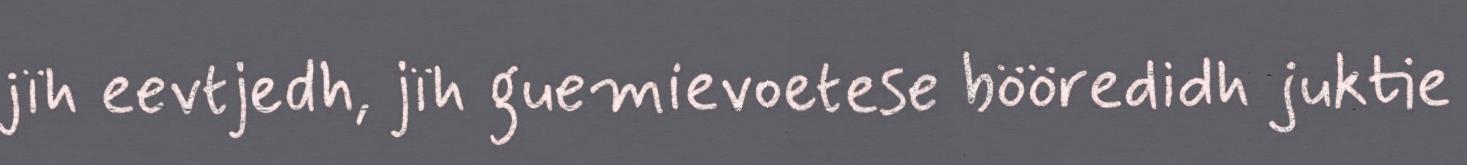
jïh eevtjedh, jïh guemievoetese bööredidh juktie